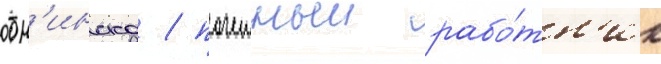
обн'инска / почетныи рабо́тн'ик